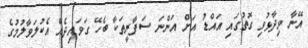
އޭނާ ވިދާޅުވި ގޮތުގައި އައްޑު އަށް އަންނަ ސަފާރީތަކާ ބެހޭ ގަވައިދެއް އެކުލަވާލުމުގެ